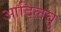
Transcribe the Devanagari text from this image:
आदिलघु